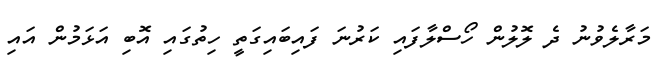
މަރާލެވުނު ދެ ލޮލުން ހޯސްލާފައި ކަރުނަ ފައިބައިގަތީ ހިތުގައި އޮބި އަޅަމުން އައި